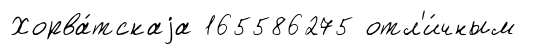
Хорва́тскаjа 165586275 отл'и́чным